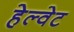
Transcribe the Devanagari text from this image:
हेल्वेट